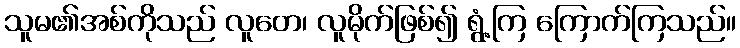
သူမ၏အစ်ကိုသည် လူတေ၊ လူမိုက်ဖြစ်၍ ရွံ့ကြ ကြောက်ကြသည်။